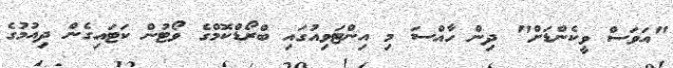
"އަވަސް ވީކެންޑަށް" ދިން ހާއްސަ މި އިންޓަވިއުގައި ބްރޯޑްކޮމްގެ ވޯޓުން ކަޓައިގެން ދިއުމުގެ